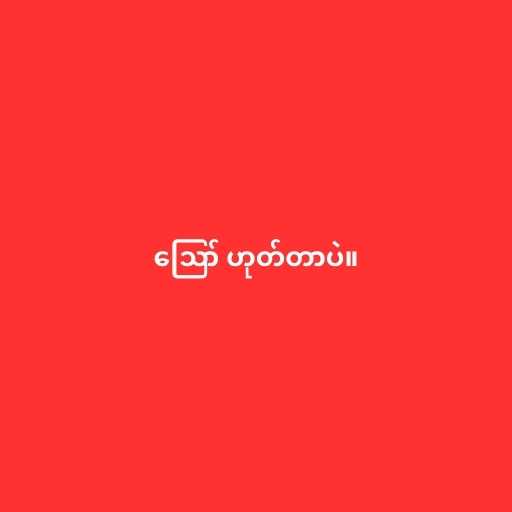
ဪ ဟုတ်တာပဲ။